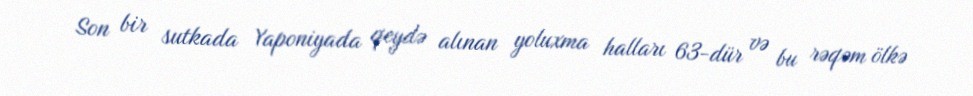
Son bir sutkada Yaponiyada qeydə alınan yoluxma halları 63-dür və bu rəqəm ölkə